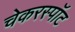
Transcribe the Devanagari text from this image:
चेकरस्पॉट